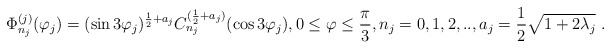
\begin{align*}\Phi _{n_j}^{(j)}(\varphi_j ) = (\sin 3\varphi_j )^{\frac{1}{2}+ a_j}C_{n_j}^{(\frac{1}{2}+a_j)}(\cos 3\varphi_j ), 0\leq \varphi \leq \frac{\pi }{3}, n_j=0,1,2,.., a_j =\frac{1}{2} \sqrt{1+2\lambda_j } \ . \end{align*}